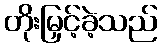
တိုးမြှင့်ခဲ့သည်